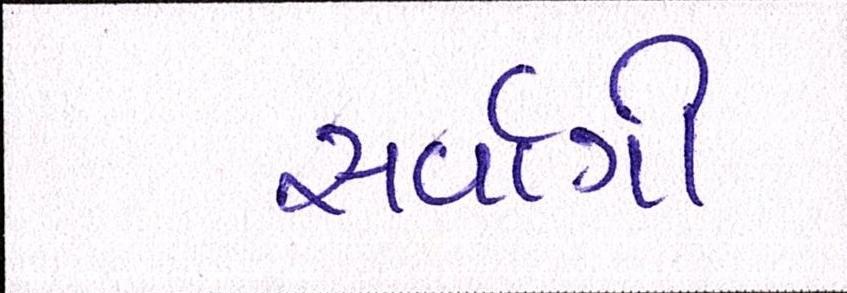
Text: સર્વાગી